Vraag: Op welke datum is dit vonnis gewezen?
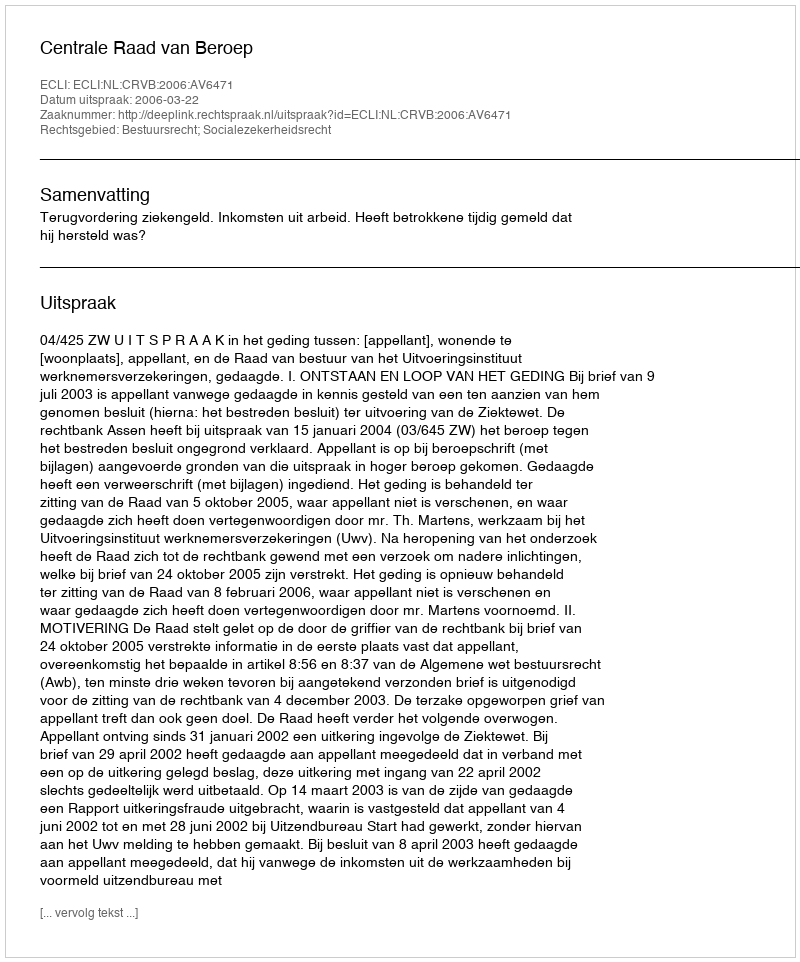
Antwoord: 2006-03-22